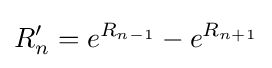
R_{n}'=e^{R_{n-1}}-e^{R_{n+1}}